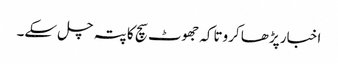
اخبار پڑھا کروتاکہ جھوٹ سچ کا پتہ چل سکے۔